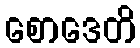
စောဒေတိ